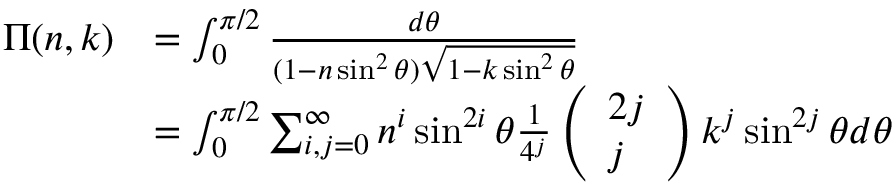
\begin{array} { r l } { \Pi ( n , k ) } & { = \int _ { 0 } ^ { \pi / 2 } \frac { d \theta } { ( 1 - n \sin ^ { 2 } \theta ) \sqrt { 1 - k \sin ^ { 2 } \theta } } } \\ & { = \int _ { 0 } ^ { \pi / 2 } \sum _ { i , j = 0 } ^ { \infty } n ^ { i } \sin ^ { 2 i } \theta \frac { 1 } { 4 ^ { j } } \left( \begin{array} { l } { 2 j } \\ { j } \end{array} \right) k ^ { j } \sin ^ { 2 j } \theta d \theta } \end{array}